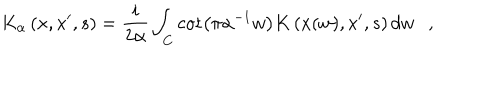
LaTeX: K _ { \alpha } \left( x , x ^ { \prime } , s \right) = { \frac { i } { 2 \alpha } } \int _ { C } \cot \left( \pi \alpha ^ { - 1 } w \right) K \left( x ( w ) , x ^ { \prime } , s \right) d w ,